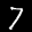
Label: 7